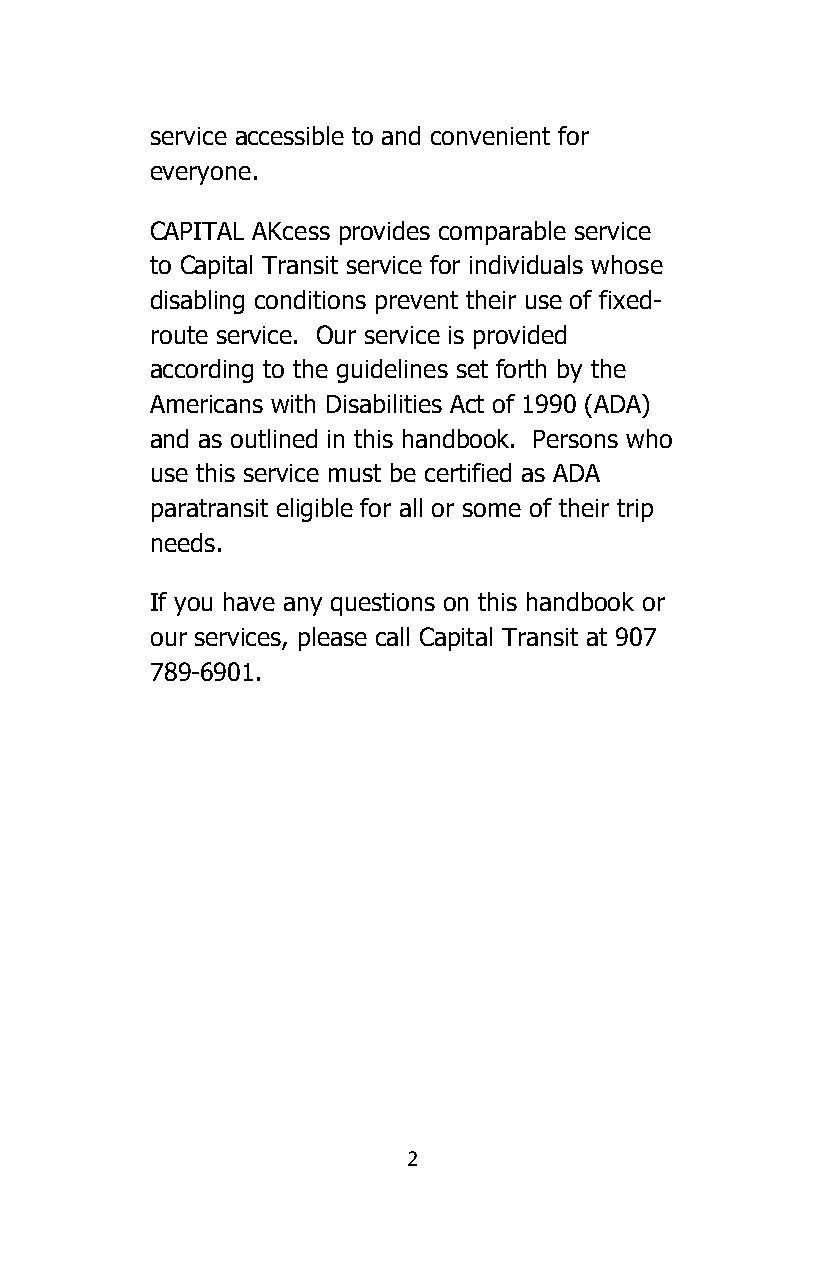
service accessible to and convenient for
 everyone.
 CAPITAL AKcess provides comparable service
 to Capital Transit service for individuals whose
 disabling conditions prevent their use of fixed-
 route service. Our service is provided
 according to the guidelines set forth by the
 Americans with Disabilities Act of 1990 (ADA)
 and as outlined in this handbook. Persons who
 use this service must be certified as ADA
 paratransit eligible for all or some of their trip
 needs.
 If you have any questions on this handbook or
 our services, please call Capital Transit at 907
 789-6901.
 2